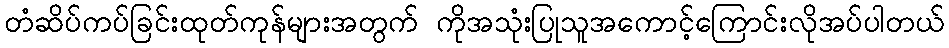
တံဆိပ်ကပ်ခြင်းထုတ်ကုန်များအတွက် ကိုအသုံးပြုသူအကောင့်ကြောင်းလိုအပ်ပါတယ်